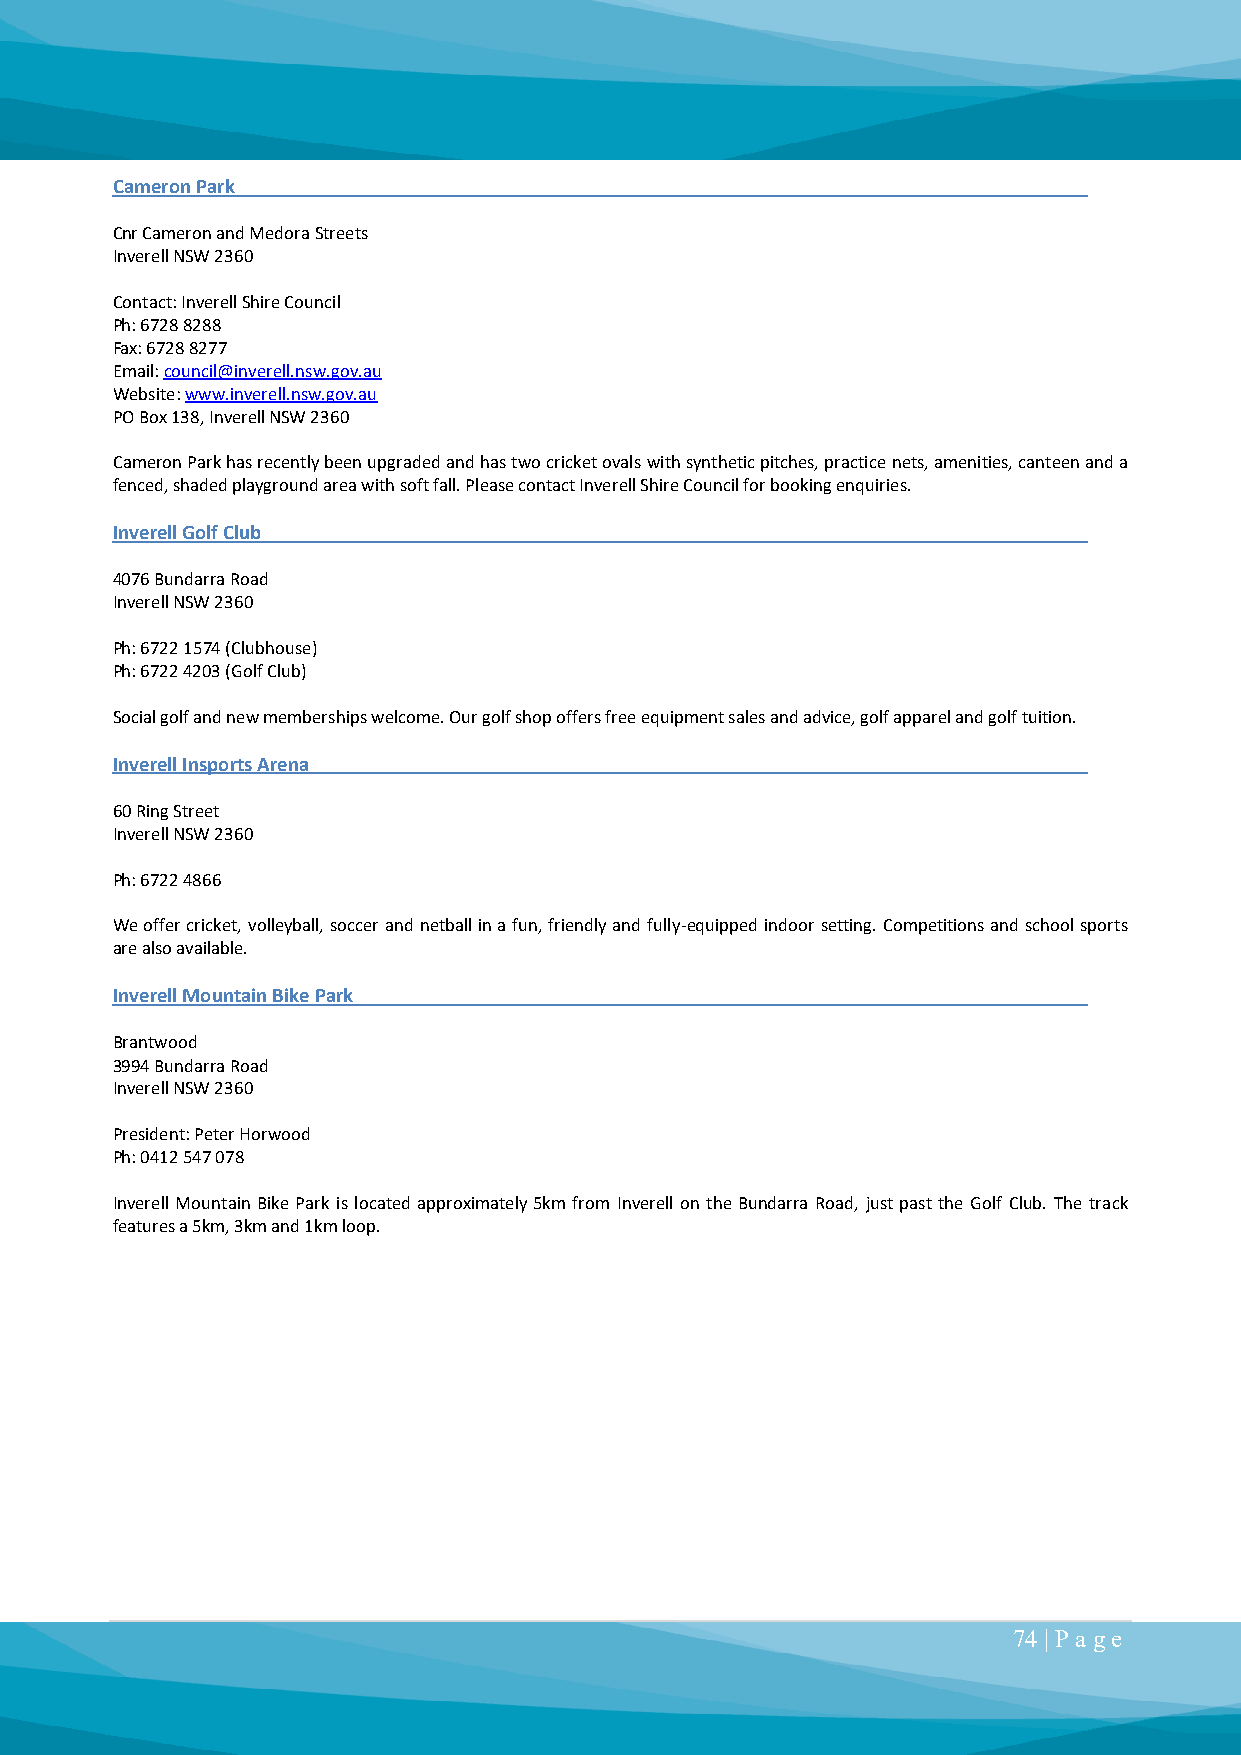
Cameron Park
 Cnr Cameron and Medora Streets
 Inverell NSW 2360
 Contact: Inverell Shire Council
 Ph: 6728 8288
 Fax: 6728 8277
 Email: council@inverell.nsw.gov.au
 Website: www.inverell.nsw.gov.au
 PO Box 138, Inverell NSW 2360
 Cameron Park has recently been upgraded and has two cricket ovals with synthetic pitches, practice nets, amenities, canteen and a
 fenced, shaded playground area with soft fall. Please contact Inverell Shire Council for booking enquiries.
 Inverell Golf Club
 4076 Bundarra Road
 Inverell NSW 2360
 Ph: 6722 1574 (Clubhouse)
 Ph: 6722 4203 (Golf Club)
 Social golf and new memberships welcome. Our golf shop offers free equipment sales and advice, golf apparel and golf tuition.
 Inverell Insports Arena
 60 Ring Street
 Inverell NSW 2360
 Ph: 6722 4866
 We offer cricket, volleyball, soccer and netball in a fun, friendly and fully-equipped indoor setting. Competitions and school sports
 are also available.
 Inverell Mountain Bike Park
 Brantwood
 3994 Bundarra Road
 Inverell NSW 2360
 President: Peter Horwood
 Ph: 0412 547 078
 Inverell Mountain Bike Park is located approximately 5km from Inverell on the Bundarra Road, just past the Golf Club. The track
 features a 5km, 3km and 1km loop.
 74 | P a ge